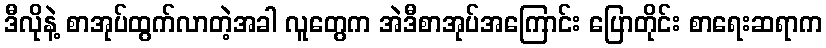
ဒီလိုနဲ့ စာအုပ်ထွက်လာတဲ့အခါ လူတွေက အဲဒီစာအုပ်အကြောင်း ပြောတိုင်း စာရေးဆရာက